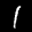
Label: 1